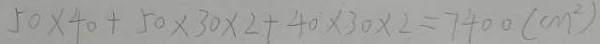
5 0 \times 4 0 + 5 0 \times 3 0 \times 2 + 4 0 \times 3 0 \times 2 = 7 4 0 0 ( c m ^ { 2 } )